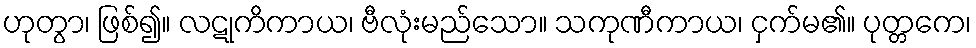
ဟုတွာ၊ ဖြစ်၍။ လဋုကိကာယ၊ ဗီလုံးမည်သော။ သကုဏီကာယ၊ ငှက်မ၏။ ပုတ္တကေ၊